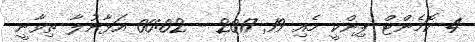
4 ކޮމެންޓް ޕިންކީ މެއި 19